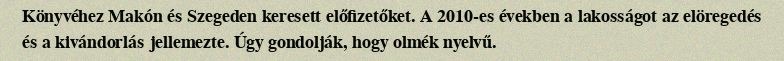
Könyvéhez Makón és Szegeden keresett előfizetőket. A 2010-es években a lakosságot az elöregedés és a kivándorlás jellemezte. Úgy gondolják, hogy olmék nyelvű.